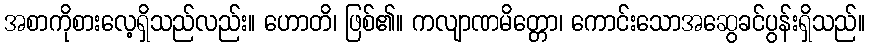
အစာကိုစားလေ့ရှိသည်လည်း။ ဟောတိ၊ ဖြစ်၏။ ကလျာဏမိတ္တော၊ ကောင်းသောအဆွေခင်ပွန်းရှိသည်။